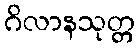
ဂိလာနသုတ္တ